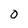
Character: 0